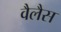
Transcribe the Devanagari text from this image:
वैलैस